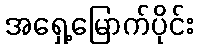
အရှေ့မြောက်ပိုင်း